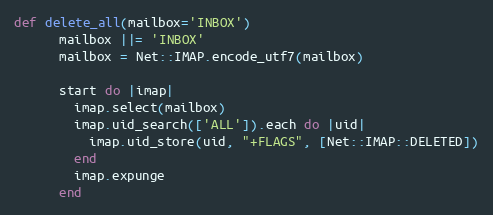
Language: Ruby
def delete_all(mailbox='INBOX')
      mailbox ||= 'INBOX'
      mailbox = Net::IMAP.encode_utf7(mailbox)

      start do |imap|
        imap.select(mailbox)
        imap.uid_search(['ALL']).each do |uid|
          imap.uid_store(uid, "+FLAGS", [Net::IMAP::DELETED])
        end
        imap.expunge
      end